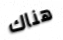
هناك